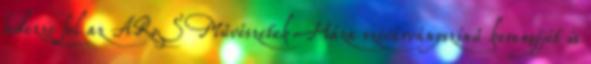
fedezze fel az ARoS Művészetek Háza szivárványszínű kerengőjét is